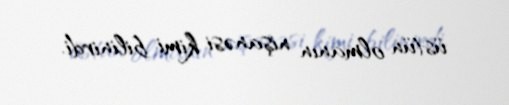
üstün olmanın nişanəsi kimi bilinirdi.